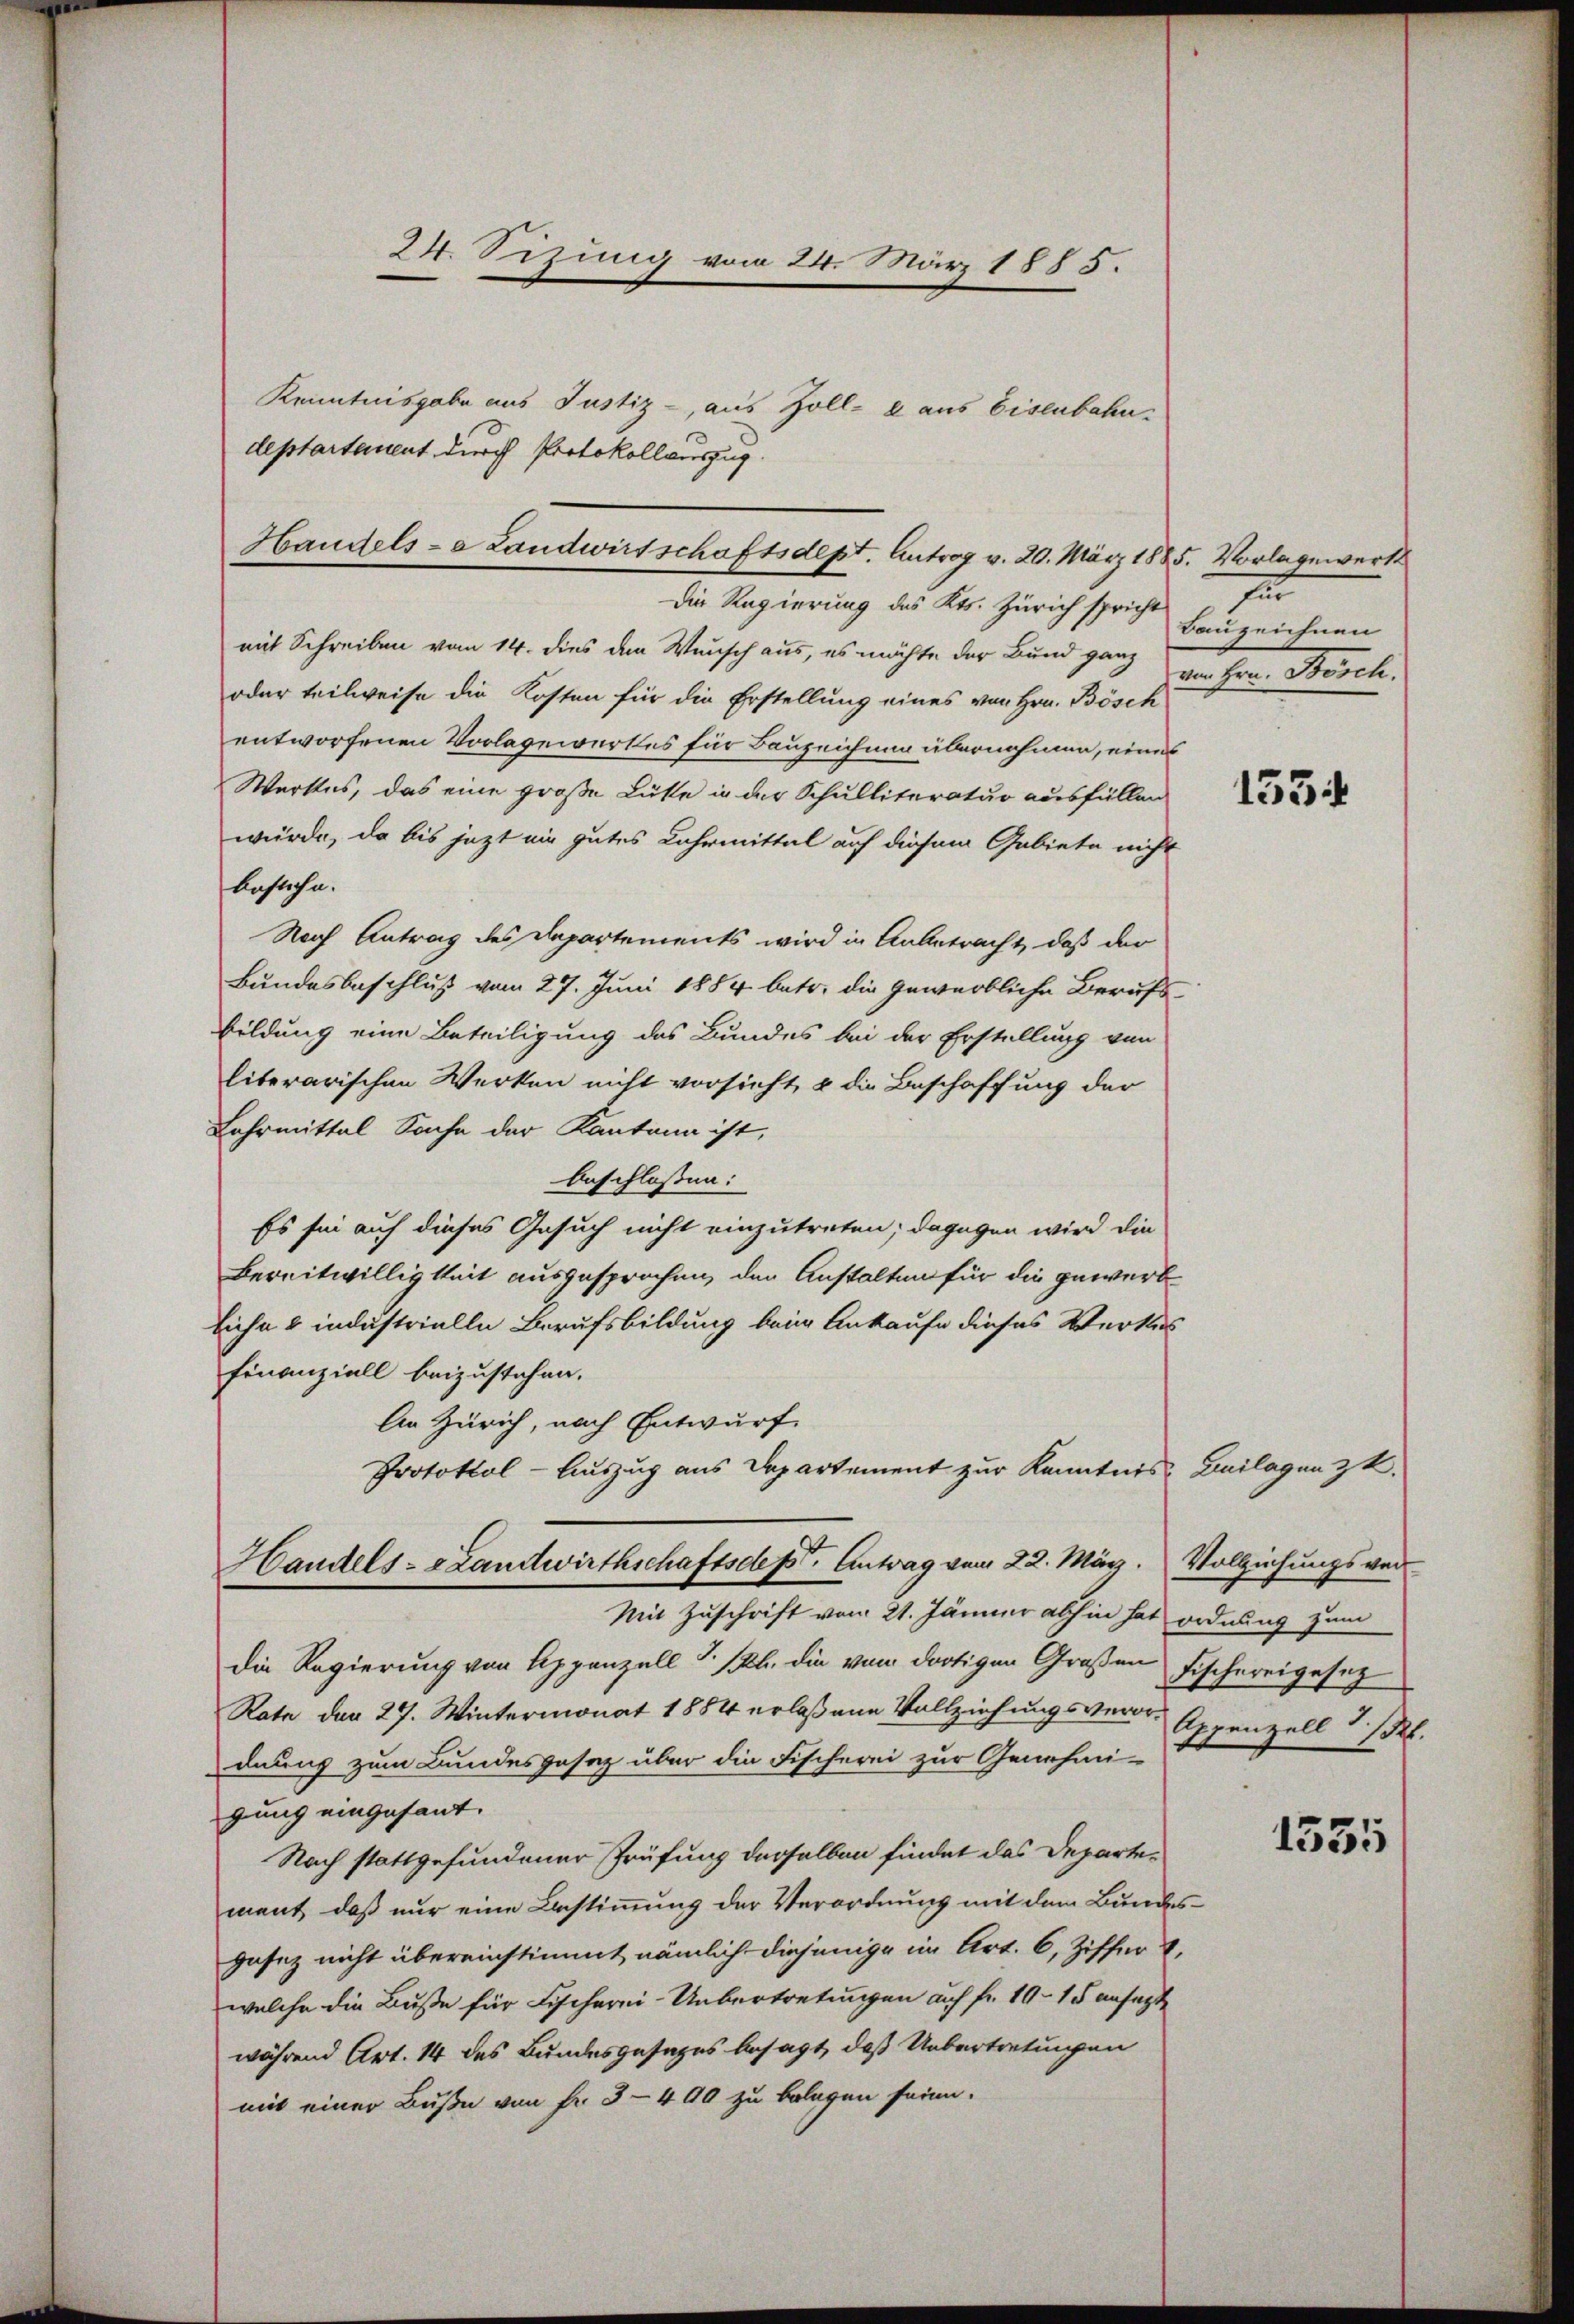
Handels-a Landwirtschaftsdept. Antrag v. 20. März 1885. Vorlagewerk

Kenntnisgabe aus Justiz -, aus Zoll- u aus Eisenbahn
deptartament durch Protokollauszug.

24. Seizung vom 24. März 1885.

Die Regierung des Kts. Zürich spricht
mit Schreiben vom 14. dies den Wunsch aus, es möchte der Bund ganz
oder teilweise die Kosten für die Erstellung eines von Hrn. Bösch
entworfenen Vorlagewerkes für Bauzeichnen übernehmen, eines
Wartes, das eine große Lüste in der Schulliteratur ausfüllen
würde, da bis jezt ein gutes Lahrmittal auf diesem Gebiete nicht
bestehe.
Nach Antrag des Departements wird in Anbetracht, daß der
Bundesbeschluß vom 27. Juni 1884 betr. die gewerbliche Berufsbildung eine Beteiligung des Bundes bei der Erstellung von
literarischen Werken nicht vorsicht, & die Beschaffung der
Lehrmittal Sache der Kantona ist,
beschlossen:
Es sei auf dieses Gesuch nicht einzutreten; dagegen wird die
Bereitwilligkeit ausgesprochen, den Anstalten für die gewerb
Eiche & industrielle Berufsbildung beim Ankaufe dieses Werkes
Finanziell beizustehen.
An Zürich, nach Entwurf
Protokol-Auszug aus Departement zur Kenntnis Beilagen z.
Handels- & Landwirthschaftsdef Antrag vom 22. März.
Mit Zuschrift vom 21. Jänner abhin hat ordnung zum
die Regierung von Appenzell  /Rh. die von dortigen Großen Fischereigesez
Rata den 29. Wintermonat 1884 erlaßene Vollziehungsveror-Appenzell 1/2.
dnung zum Bundesgesetz über die Fischerei zur Genehmi-
gung eingesant.
Nach stattgefundener Prüfung derselben findet das Departement, daß nur eine Bestimmung der Verordnung mit dem Bundesgasez nicht übereinstimmt nämlich diejenige im Art. 6, Ziffer
welche die Buße für Fischerei-Uebertretungen auf fr. 1915 ansagt
während Art. 14 des Bundesgesezes besagt, daß Uebertretungen
mit einer Buße von fr. 3 - 490 zu belegen sein.

I
Bauzeichnen
von Hrn. Bösch.

1554

Vollziehungsver

1535